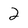
Character: 2